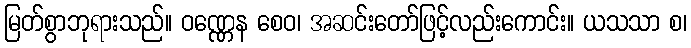
မြတ်စွာဘုရားသည်။ ဝဏ္ဏေန စေဝ၊ အဆင်းတော်ဖြင့်လည်းကောင်း။ ယသသာ စ၊